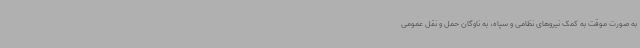
به صورت موقت به کمک نیروهای نظامی و سپاه، به ناوگان حمل و نقل عمومی